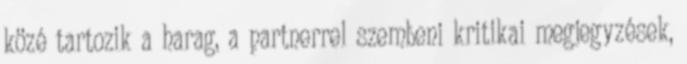
közé tartozik a harag, a partnerrel szembeni kritikai megjegyzések,